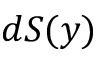
d S ( y )